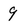
Character: 9